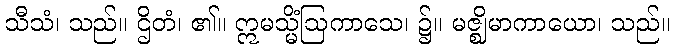
သီသံ၊ သည်။ ဌိတံ၊ ၏။ ဣမသ္မိံဩကာသေ၊ ၌။ မဇ္ဈိမာကာယော၊ သည်။